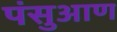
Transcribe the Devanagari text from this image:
पंसुआण